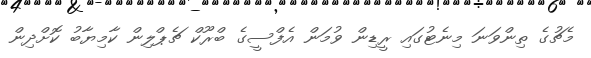
މެޗުގެ ތިންވަނަ މިނެޓުގައި ރީޑިން ވުމަން އެފްސީގެ ބްރޫކް ޗެޕްލިން ކާމިޔާބު ކޮށްދިން